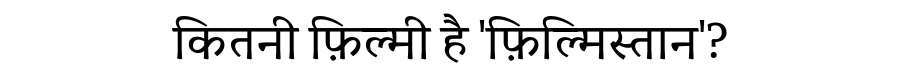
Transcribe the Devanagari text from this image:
कितनी फ़िल्मी है 'फ़िल्मिस्तान'?